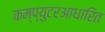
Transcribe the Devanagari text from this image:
कम्प्युटरआधारित